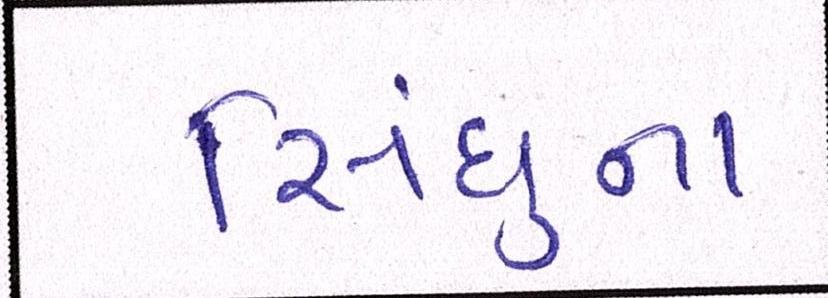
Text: સિંધુના